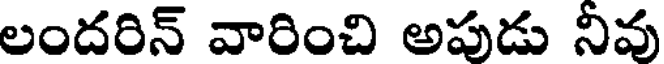
లందరిన్ వారించి అపుడు నీవు